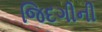
જિદગીની